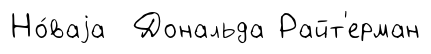
Но́ваjа Дональда Райт'ерман